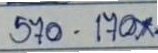
570 - 170x